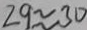
2 9 \approx 3 0